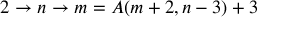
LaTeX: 2 \rightarrow n \rightarrow m = A ( m + 2 , n - 3 ) + 3